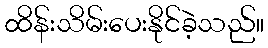
ထိန်းသိမ်းပေးနိုင်ခဲ့သည်။